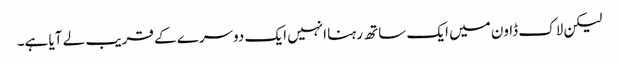
لیکن لاک ڈاون میں ایک ساتھ رہنا انہیں ایک دوسرے کے قریب لے آیا ہے۔